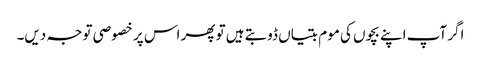
اگر آپ اپنے بچوں کی موم بتیاں ڈوبتے ہیں تو پھر اس پر خصوصی توجہ دیں۔